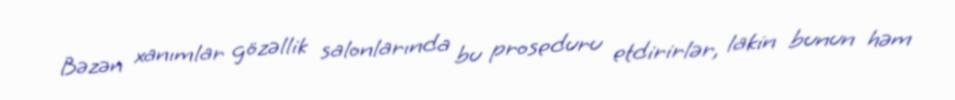
Bəzən xanımlar gözəllik salonlarında bu proseduru etdirirlər, lakin bunun həm